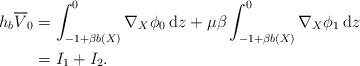
LaTeX: \begin{align*} h_b \overline{V}_0 & = \int_{-1 + \beta b(X)}^0 \nabla_X\phi_0 \: \mathrm{d}z +\mu \beta \int_{-1 + \beta b(X)}^0 \nabla_X\phi_1 \: \mathrm{d}z \\ & = I_1 + I_2. \end{align*}